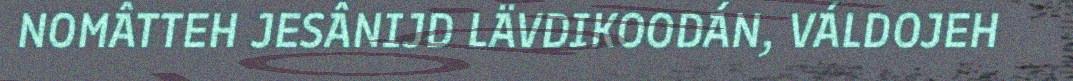
NOMÂTTEH JESÂNIJD LÄVDIKOODÁN, VÁLDOJEH